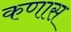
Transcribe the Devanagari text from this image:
कणास